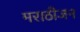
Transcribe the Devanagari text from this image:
मराठीजन